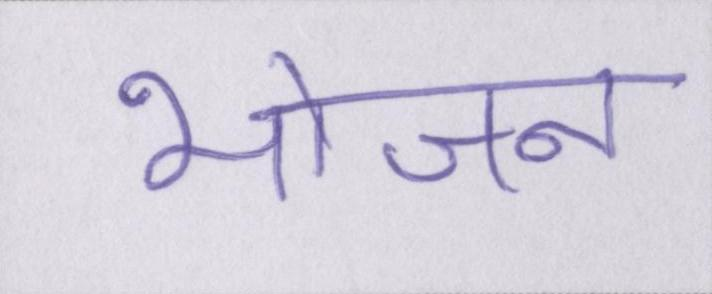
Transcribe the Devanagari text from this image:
भोजन